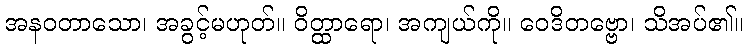
အနဝတာသော၊ အခွင့်မဟုတ်။ ဝိတ္ထာရော၊ အကျယ်ကို။ ဝေဒိတဗ္ဗော၊ သိအပ်၏။